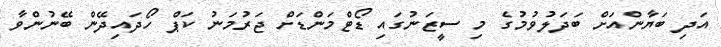
އަދި ބަޔާންއަށް ބަދަލުވުމުގެ މި ސީޒަނުގައި ޑޯޓްމަންޑަށް ޖަރުމަނު ކަޕް ހޯދައިދޭން ބޭނުންވާ